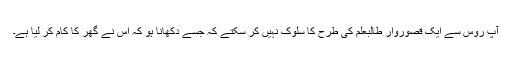
آپ روس سے ایک قصوروار طالبعلم کی طرح کا سلوک نہیں کر سکتے کہ جسے دکھانا ہو کہ اس نے گھر کا کام کر لیا ہے۔